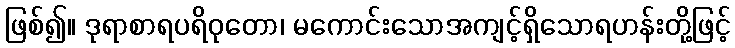
ဖြစ်၍။ ဒုရာစာရပရိဝုတော၊ မကောင်းသောအကျင့်ရှိသောရဟန်းတို့ဖြင့်